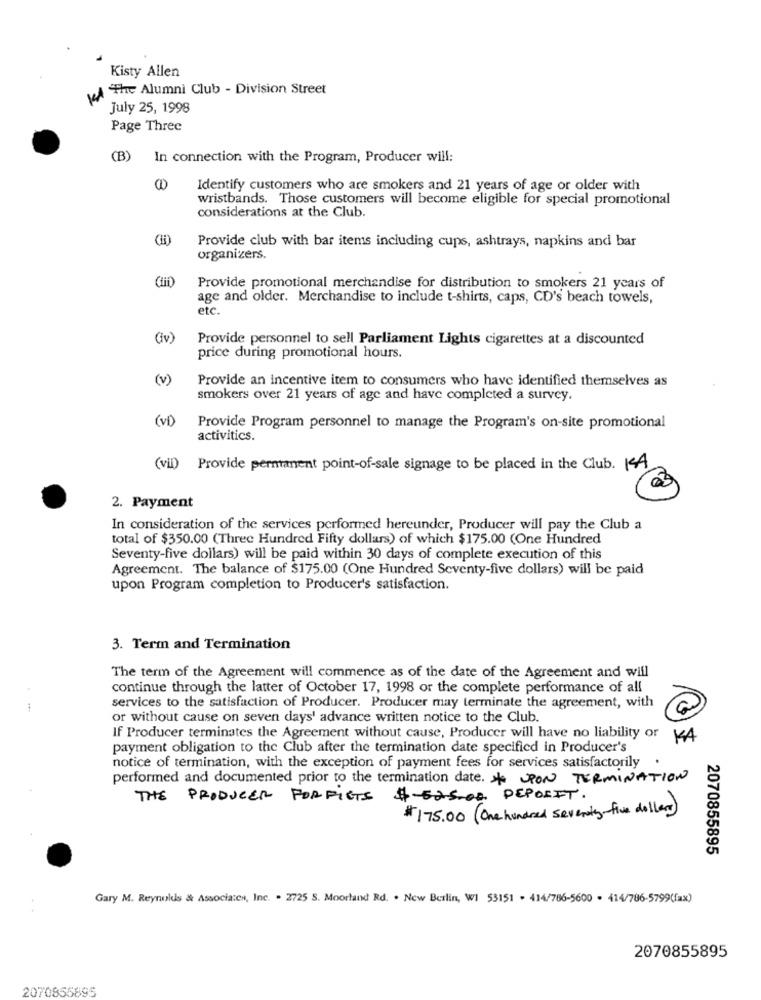
Kisty Allen
VA The Alumni Club - Division Street
July 25, 1998
Page Three
(B)
In connection with the Program, Producer will:
Identify customers who are smokers and 21 years of age or older with
wristbands. Those customers will become eligible for special promotional
considerations at the Club.
Provide club with bar items including cups, ashtrays, napkins and bar
organizers.
Provide promotional merchandise for distribution to smokers 21 years of
age and older. Merchandise to include t-shirts, caps, CD's beach towels,
etc.
(iv)
Provide personnel to sell Parliament Lights cigarettes at a discounted
price during promotional hours.
(v)
Provide an incentive item to consumers who have identified themselves as
smokers over 21 years of age and have completed a survey.
(v)
Provide Program personnel to manage the Program's on-site promotional
activitics.
(Vil)
Provide permanent point-of-sale signage to be placed in the Club. KA
2. Payment
In consideration of the services performed hereunder, Producer will pay the Club a
total of $350.00 (Three Hundred Fifty dollars) of which $175.00 (One Hundred
Seventy-five dollars) will be paid within 30 days of complete execution of this
Agreement. The balance of $175.00 (One Hundred Seventy-five dollars) will be paid
upon Program completion to Producer's satisfaction.
3. Term and Termination
The term of the Agreement will commence as of the date of the Agreement and will
continue through the latter of October 17, 1998 or the complete performance of all
services to the satisfaction of Producer. Producer may terminate the agreement, with
or without cause on seven days' advance written notice to the Club.
If Producer terminates the Agreement without cause, Producer will have no liability or
KA
payment obligation to the Club after the termination date specified in Producer's
notice of termination, with the exception of payment fees for services satisfactorily
performed and documented prior to the termination date. * PON TERMINATION
THE PRODUCER FORFIGS $ 525.00 DEPOSIT.
# 175.00 ( One hundred seventy five dollars)
2070855895
Gary M. Reynolds & Associates, Inc. . 2725 S. Moorland Rd. . New Berlin, WI 53151 . 414/786-5600 . 414/786-5799(fax)
2070855895
2070855895